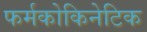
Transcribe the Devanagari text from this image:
फर्मकोकिनेटिक